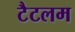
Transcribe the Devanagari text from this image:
टैटलम